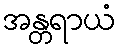
အန္တရာယံ